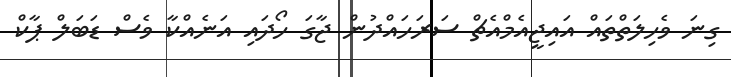
ގިނަ ވެހިލަތްތައް އައިޖީއެމްއެޗް ސަރަހައްދުން ޖާގަ ހޯދައި އަނެއްކާ ވެސް ޑަބަލް ޕާކް